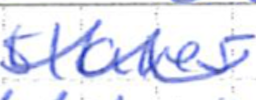
Text: slaves
Cross-out: zig-zag
Writing tool: ballpoint